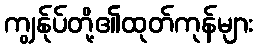
ကျွန်ုပ်တို့၏ထုတ်ကုန်များ